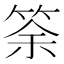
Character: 筡